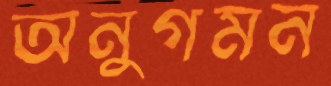
অনুগমন